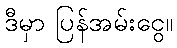
ဒီမှာ ပြန်အမ်းငွေ။